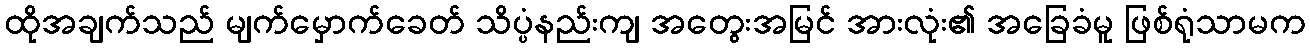
ထိုအချက်သည် မျက်မှောက်ခေတ် သိပ္ပံနည်းကျ အတွေးအမြင် အားလုံး၏ အခြေခံမူ ဖြစ်ရုံသာမက